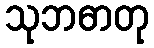
သုဘဓာတု